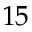
1 5